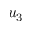
u _ { 3 }